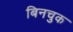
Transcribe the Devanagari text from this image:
बिनचुक